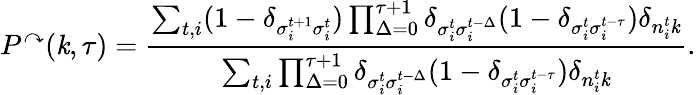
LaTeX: P^{\curvearrowright}(\mathit{k},\tau)=\frac{{\sum_{t,i}(1-\delta_{\sigma_{i}^{t+1}\sigma_{i}^{t}})\prod_{\Delta=0}^{\tau+1}\delta_{\sigma_{i}^{t}\sigma_{i}^{t-\Delta}}(1-\delta_{\sigma_{i}^{t}\sigma_{i}^{t-\tau}})\delta_{n_{i}^{t}\mathit{k}}}}{{\sum_{t,i}\prod_{\Delta=0}^{\tau+1}\delta_{\sigma_{i}^{t}\sigma_{i}^{t-\Delta}}(1-\delta_{\sigma_{i}^{t}\sigma_{i}^{t-\tau}})\delta_{n_{i}^{t}\mathit{k}}}}.